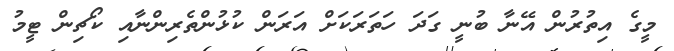
މީގެ އިތުރުން އޭނާ ބުނީ ގަދަ ހަތަރަކަށް އަރަން ކުޅުންތެރިންނާއި ކޯޗިން ޓީމު